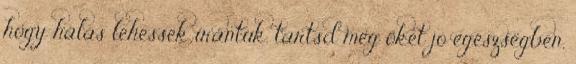
hogy hálás lehessek irántuk. tartsd meg őket jó egészségben,